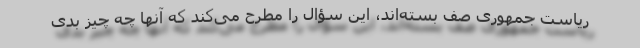
ریاست جمهوری صف بسته‌اند، این سؤال را مطرح می‌کند که آنها چه چیز بدی